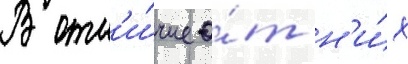
В отл'и́чие о́т н'и́х